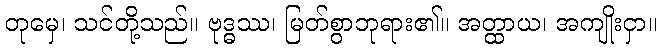
တုမှေ၊ သင်တို့သည်။ ဗုဒ္ဓဿ၊ မြတ်စွာဘုရား၏။ အတ္ထာယ၊ အကျိုးငှာ။